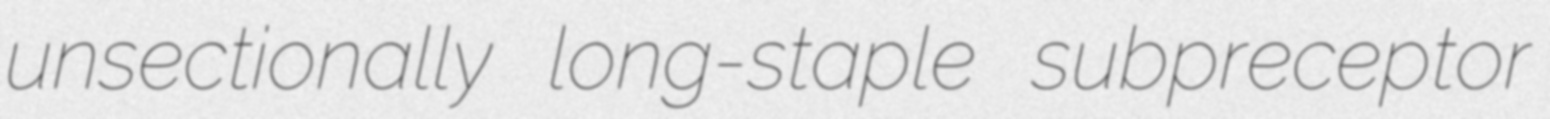
unsectionally long-staple subpreceptor